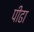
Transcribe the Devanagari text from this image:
पीढा